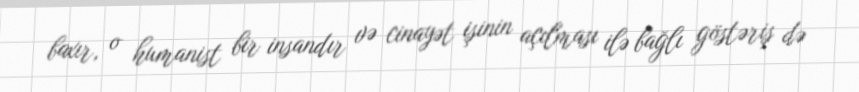
baxır, o humanist bir insandır və cinayət işinin açılması ilə bağlı göstəriş də